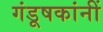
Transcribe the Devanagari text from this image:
गंडूषकांनीं